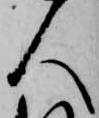
人